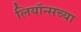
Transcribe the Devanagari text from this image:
लियॉन्सच्या